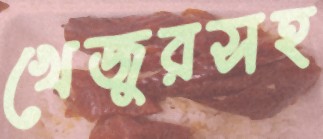
খেজুরসহ